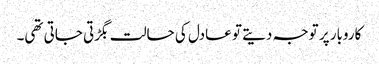
کاروبار پر توجہ دیتے تو عادل کی حالت بگڑتی جاتی تھی۔